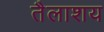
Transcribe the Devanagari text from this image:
तैलाशय